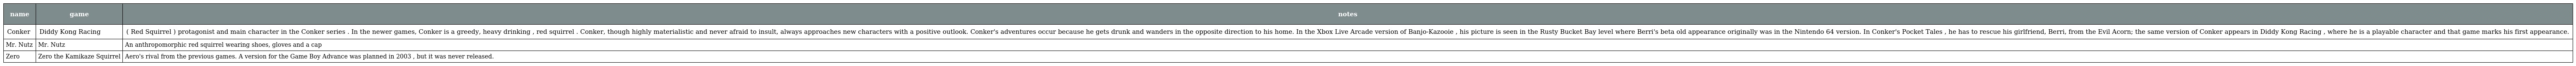
| name | game | notes |
 | --- | --- | --- |
 | Conker | Diddy Kong Racing | ( Red Squirrel ) protagonist and main character in the Conker series . In the newer games, Conker is a greedy, heavy drinking , red squirrel . Conker, though highly materialistic and never afraid to insult, always approaches new characters with a positive outlook. Conker's adventures occur because he gets drunk and wanders in the opposite direction to his home. In the Xbox Live Arcade version of Banjo-Kazooie , his picture is seen in the Rusty Bucket Bay level where Berri's beta old appearance originally was in the Nintendo 64 version. In Conker's Pocket Tales , he has to rescue his girlfriend, Berri, from the Evil Acorn; the same version of Conker appears in Diddy Kong Racing , where he is a playable character and that game marks his first appearance. |
 | Mr. Nutz | Mr. Nutz | An anthropomorphic red squirrel wearing shoes, gloves and a cap |
 | Zero | Zero the Kamikaze Squirrel | Aero's rival from the previous games. A version for the Game Boy Advance was planned in 2003 , but it was never released. |